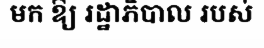
មក ឱ្យ រដ្ឋាភិបាល របស់